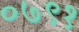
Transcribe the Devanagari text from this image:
०७९१